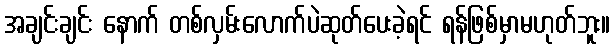
အချင်းချင်း နောက် တစ်လှမ်းလောက်ပဲဆုတ်ပေးခဲ့ရင် ရန်ဖြစ်မှာမဟုတ်ဘူး။